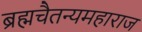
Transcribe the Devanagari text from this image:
ब्रह्मचैतन्यमहाराज